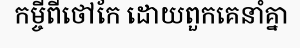
កម្ចីពីថៅកែ ដោយពួកគេនាំគ្នា